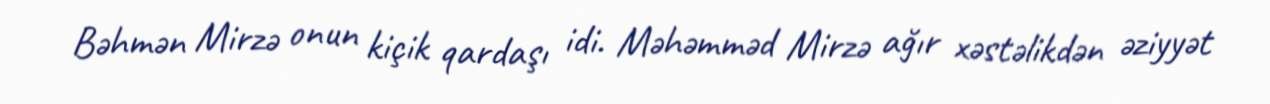
Bəhmən Mirzə onun kiçik qardaşı idi. Məhəmməd Mirzə ağır xəstəlikdən əziyyət